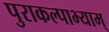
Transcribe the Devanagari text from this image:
पुराकल्पाभ्याम्